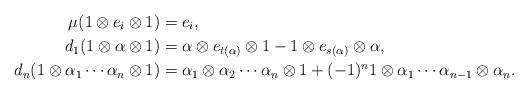
LaTeX: \begin{align*}\mu( 1 \otimes e_i \otimes 1 ) & = e_i, \\d_1( 1 \otimes \alpha \otimes 1) & = \alpha \otimes e_{t(\alpha)} \otimes 1 - 1 \otimes e_{s(\alpha)} \otimes \alpha, \\d_{n} (1 \otimes \alpha_1 \cdots \alpha_n \otimes 1) & = \alpha_1 \otimes \alpha_2 \cdots \alpha_n \otimes 1 + (-1)^n 1 \otimes \alpha_1 \cdots \alpha_{n-1} \otimes \alpha_n.\end{align*}